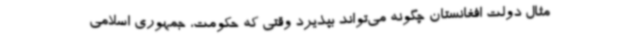
مثال دولت افغانستان چگونه می‌تواند بپذیرد وقتی که حکومت، جمهوری اسلامی